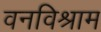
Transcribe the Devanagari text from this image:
वनविश्राम